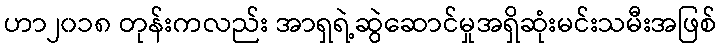
ဟာ၂၀၁၈ တုန်းကလည်း အာရှရဲ့ဆွဲဆောင်မှုအရှိဆုံးမင်းသမီးအဖြစ်